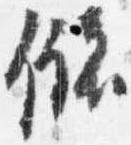
儲